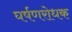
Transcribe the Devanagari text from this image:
घर्षणरोधक